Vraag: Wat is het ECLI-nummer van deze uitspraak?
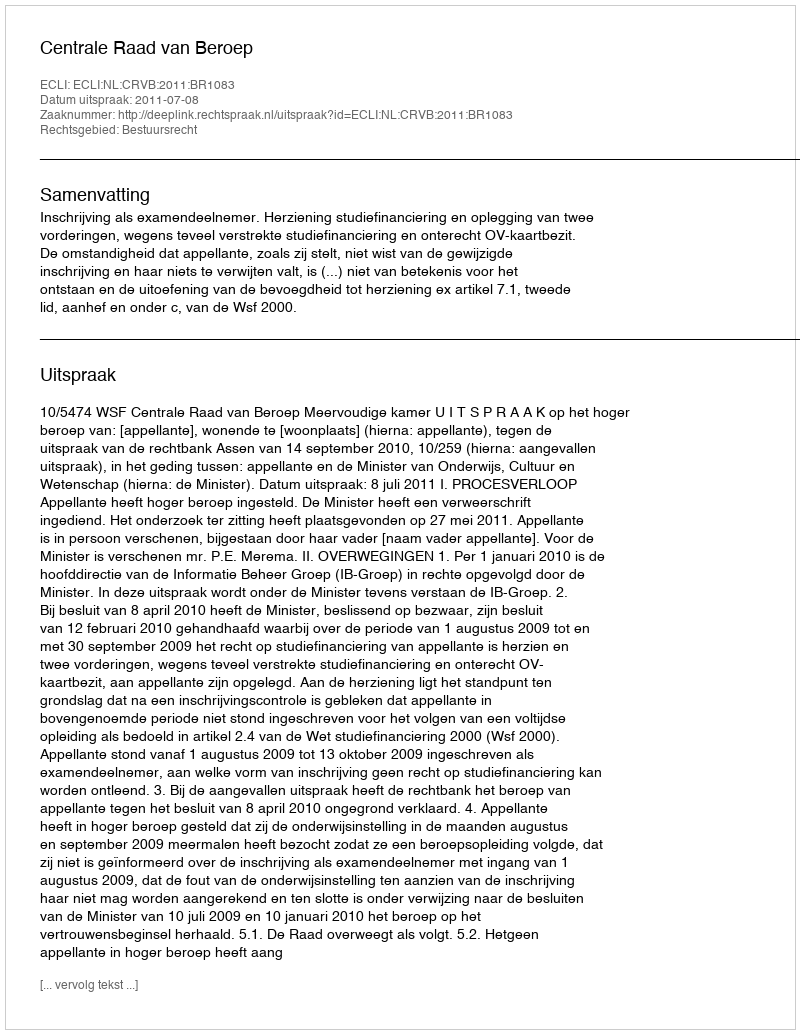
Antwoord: ECLI:NL:CRVB:2011:BR1083